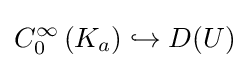
C_{0}^{\infty }\left(K_{a}\right)\hookrightarrow D(U)